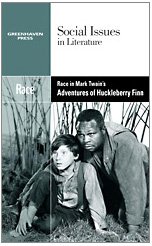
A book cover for Race in Mark Twain's Adventures of Huckleberry Finn (Social Issues in Literature); Claudia Durst Johnson; Teen & Young Adult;